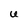
Character: U